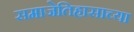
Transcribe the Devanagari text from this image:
समाजेतिहासाच्या